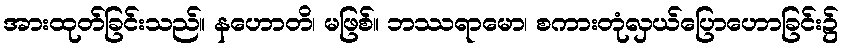
အားထုတ်ခြင်းသည်။ နဟောတိ၊ မဖြစ်။ ဘဿရာမော၊ စကားတုံလှယ်ပြောဟောခြင်း၌